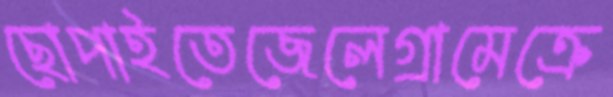
ছোপাইতেজেলেগ্রামেক্রে